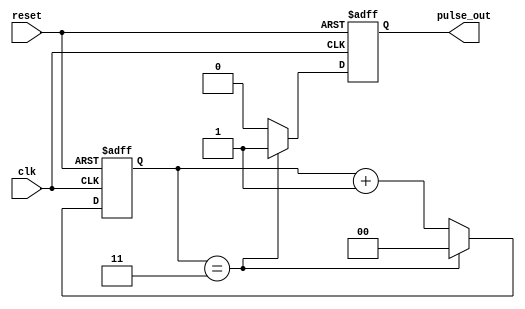
module divide_by_N_counter #(
    parameter N = 4  // Define N here, default is 4
) (
    input wire clk,       // Clock input
    input wire reset,     // Asynchronous reset input
    output reg pulse_out  // Output pulse after every N clock cycles
);

    // Calculate the number of bits needed for counting
    localparam BIT_WIDTH = $clog2(N);
    
    // State register
    reg [BIT_WIDTH-1:0] count;

    // Sequential logic for the counter
    always @(posedge clk or posedge reset) begin
        if (reset) begin
            count <= 0;          // Reset the counter
            pulse_out <= 0;      // Ensure pulse_out is low on reset
        end else begin
            // Increment the count on each clock pulse
            if (count == N - 1) begin
                count <= 0;      // Reset count to 0 after reaching N - 1
                pulse_out <= 1;  // Generate pulse output
            end else begin
                count <= count + 1; // Increment counter
                pulse_out <= 0;      // Keep pulse low
            end
        end
    end

endmodule